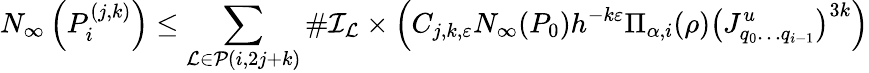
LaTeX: N_{\infty}\left(P_{i}^{(j,k)}\right)\leq\sum_{\mathcal{L}\in\mathcal{P}(i,2j+k)}\# \mathcal{I}_{\mathcal{L}}\times\left(C_{j,k,\varepsilon}N_{\infty}(P_{0})h^{-k\varepsilon}\Pi_{\alpha,i}(\rho)\left(J_{q_{0}\dots q_{i-1}}^{u}\right)^{3k}\right)